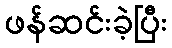
ဖန်ဆင်းခဲ့ပြီး